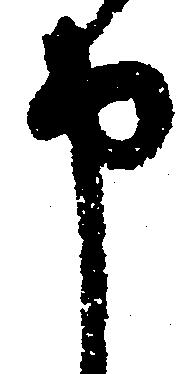
申